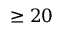
\geq 2 0